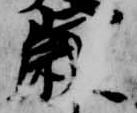
歳